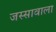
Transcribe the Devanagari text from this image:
जस्‍सावाला